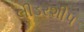
લીડરશીપ